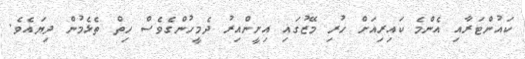
ކައުންޓަރާއި އެންމެ ކައިރިއަށް ހުރި މޭޒުގައި އިށީންއިރު ދެމީހުންގެވެސް ހިތް ތެޅެމުން ދިޔައެވެ.